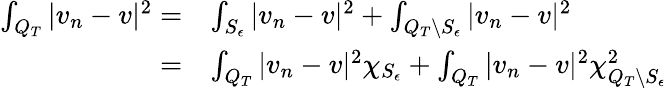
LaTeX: \begin{array}{rl}{\int_{Q_{T}}|v_{n}-v|^{2}=}&{\int_{S_{\epsilon}}|v_{n}-v|^{2}+\int_{Q_{T}\backslash S_{\epsilon}}|v_{n}-v|^{2}}\\ {=}&{\int_{Q_{T}}|v_{n}-v|^{2}\chi_{S_{\epsilon}}+\int_{Q_{T}}|v_{n}-v|^{2}\chi_{Q_{T}\backslash S_{\epsilon}}^{2}}\end{array}